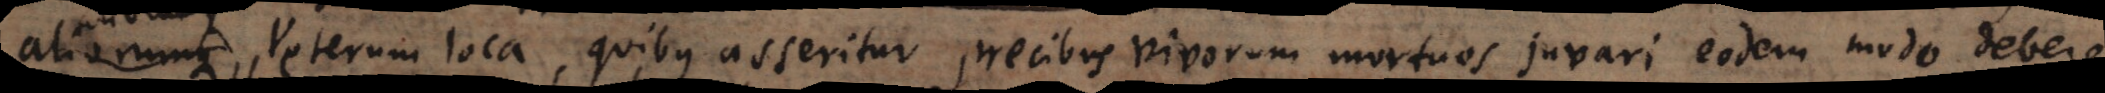
aliorumque veterum loca, quibus asseritur precibus vivorum mortuos juvari eodem modo debere